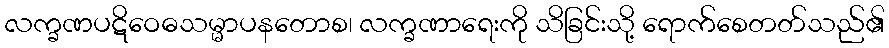
လက္ခဏပဋိဝေဓသမ္မာပနတောစ၊ လက္ခဏာရေးကို သိခြင်းသို့ ရောက်စေတတ်သည်၏